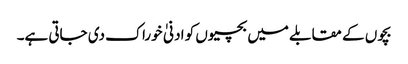
بچوں کے مقابلے میں بچیوں کو ادنیٰ خوراک دی جاتی ہے۔